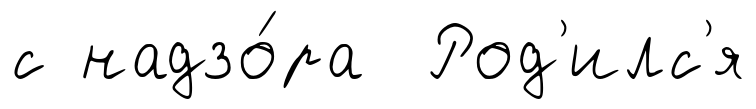
с надзо́ра Род'илс'я